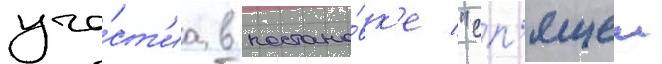
уча́ст'иа в постано́вк'е "сп'ящеи